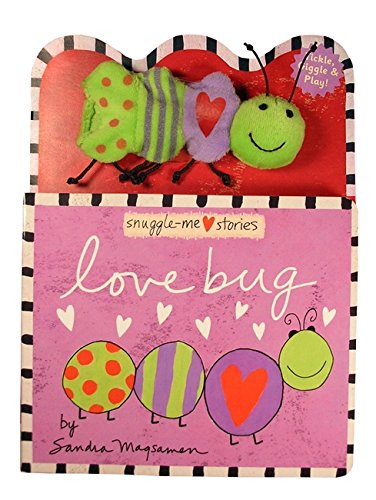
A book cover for Love Bug (Board Books with Plush Toys); Sandra Magsamen; Children's Books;